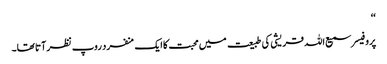
‘‘
پروفیسر سمیع اللہ قریشی کی طبیعت میں محبت کا ایک منفرد روپ نظر آتا تھا۔